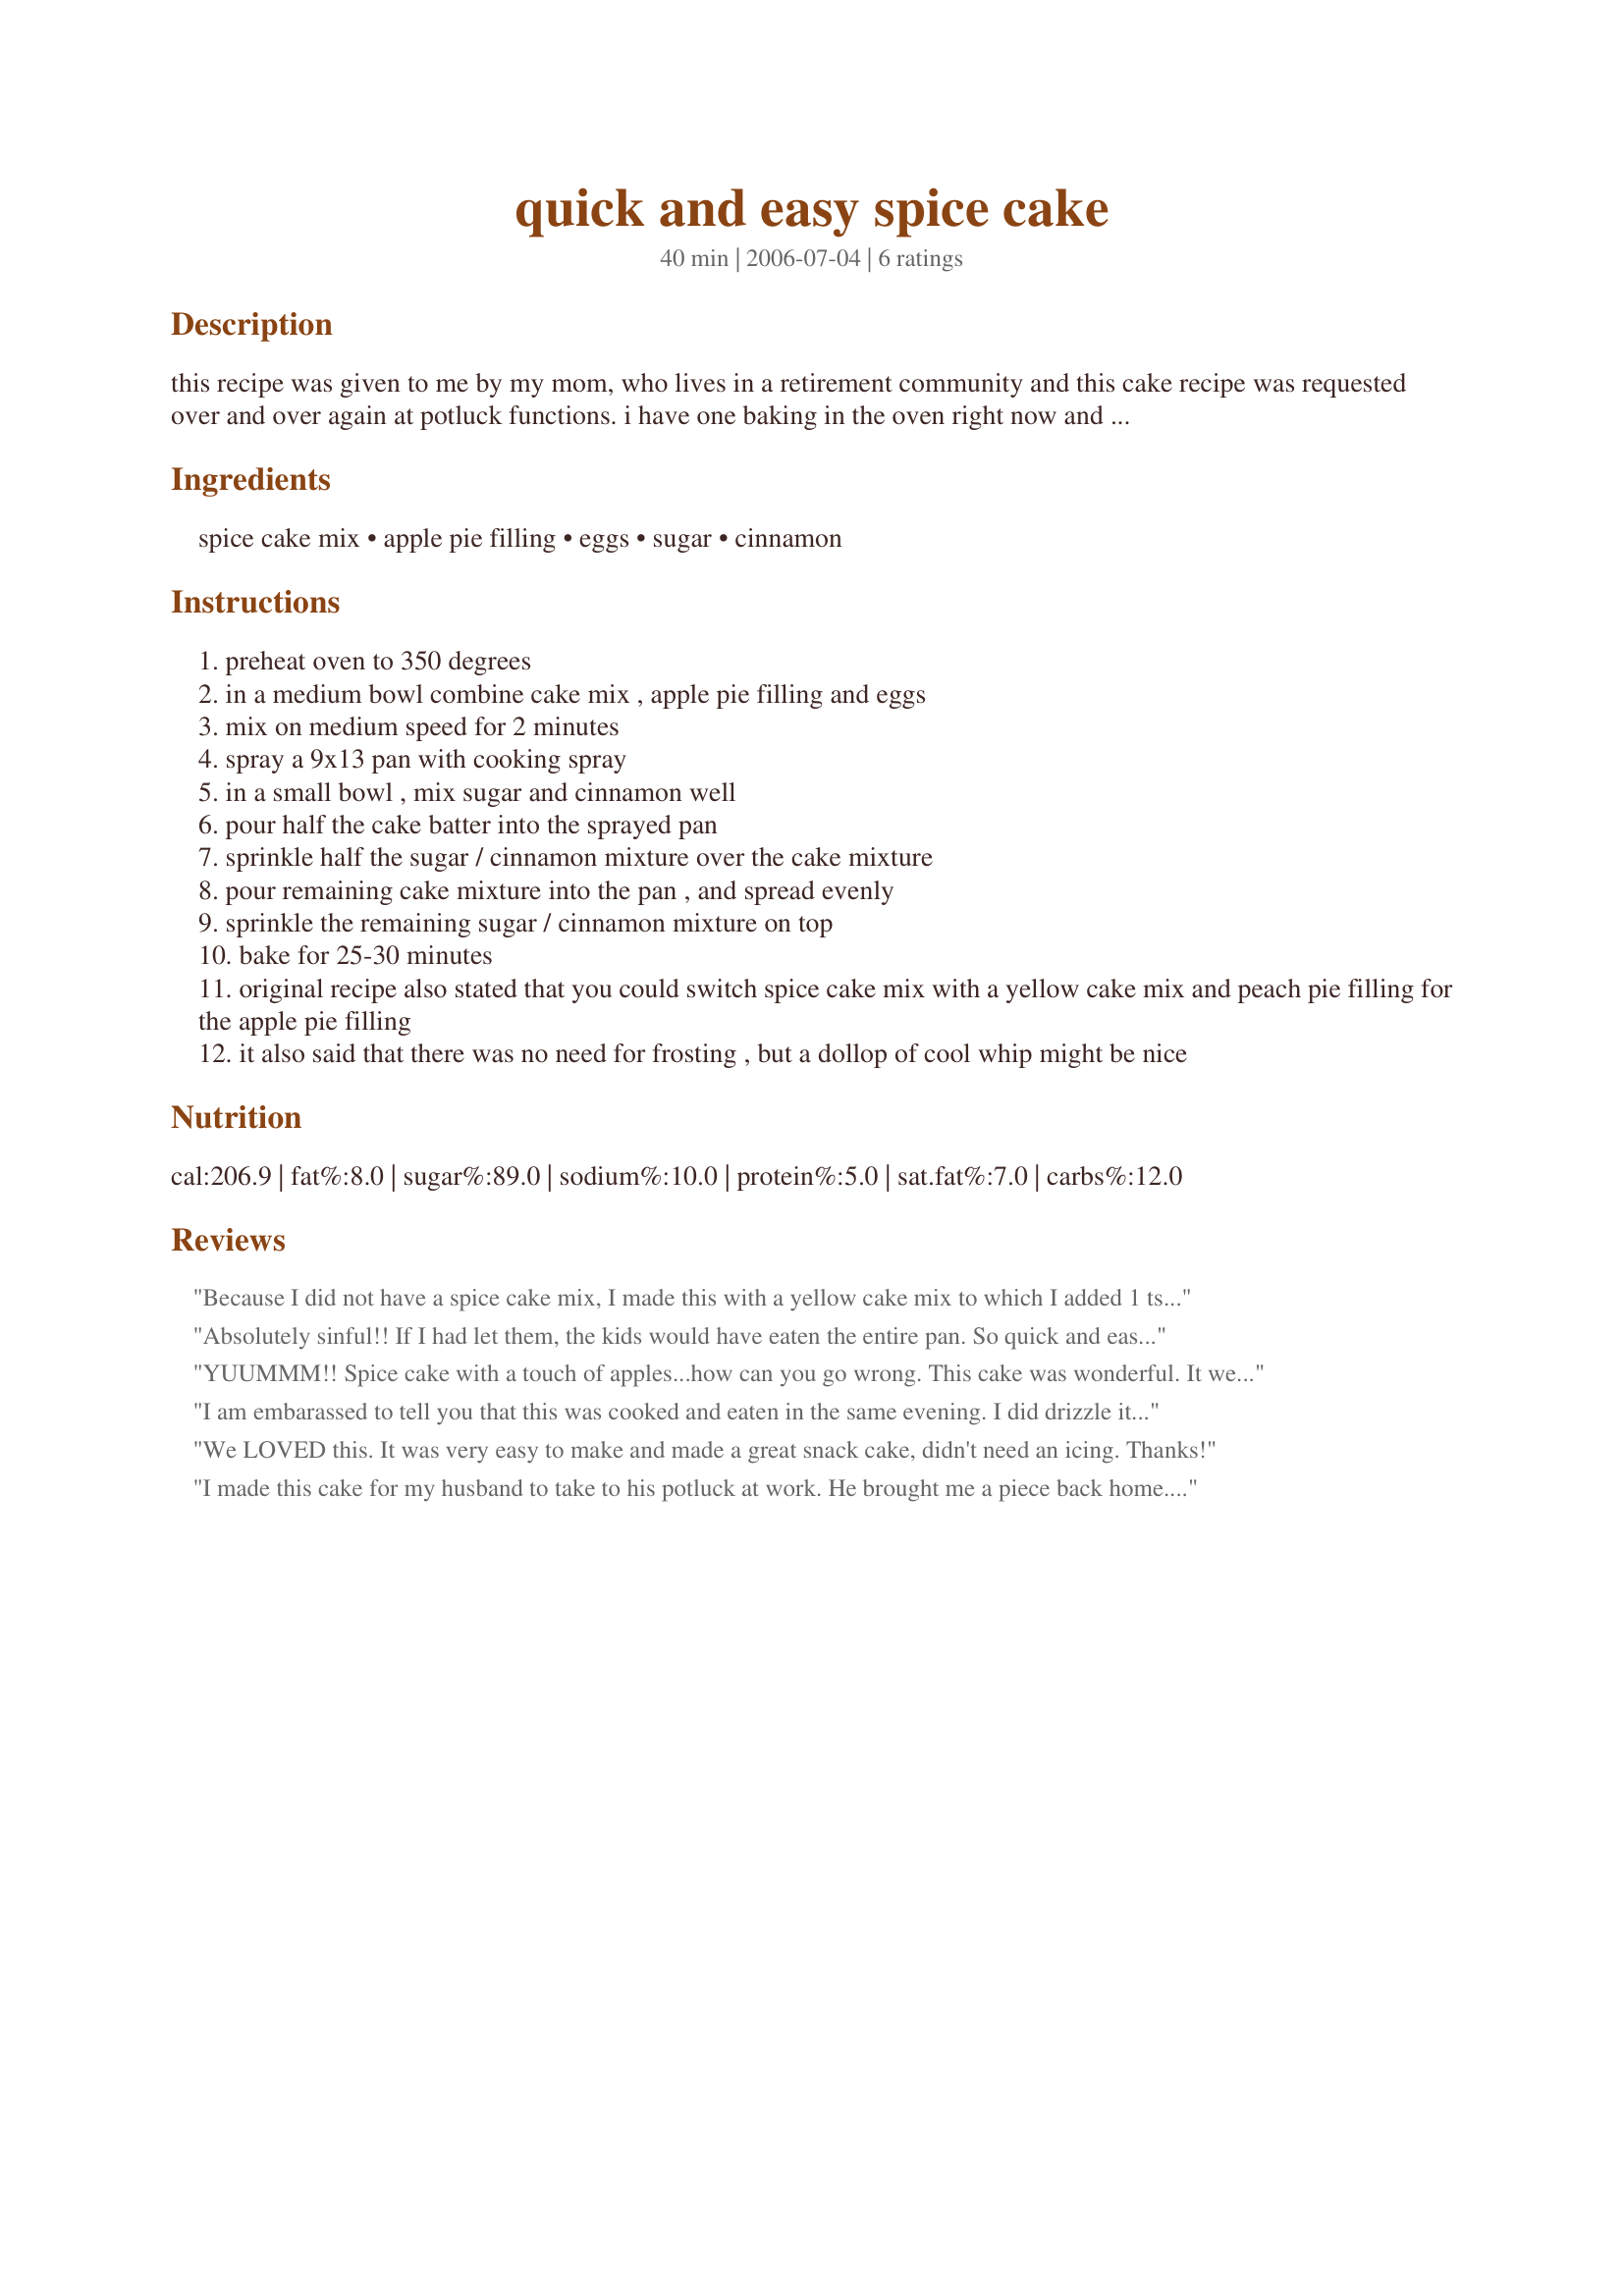
quick and easy spice cake
Preparation time: 40 minutes

this recipe was given to me by my mom, who lives in a retirement community and this cake recipe was requested over and over again at potluck functions. i have one baking in the oven right now and it smells heavenly. please see bottom for variations.

Ingredients:
spice cake mix, apple pie filling, eggs, sugar, cinnamon

Steps:
preheat oven to 350 degrees
in a medium bowl combine cake mix , apple pie filling and eggs
mix on medium speed for 2 minutes
spray a 9x13 pan with cooking spray
in a small bowl , mix sugar and cinnamon well
pour half the cake batter into the sprayed pan
sprinkle half the sugar / cinnamon mixture over the cake mixture
pour remaining cake mixture into the pan , and spread evenly
sprinkle the remaining sugar / cinnamon mixture on top
bake for 25-30 minutes
original recipe also stated that you could switch spice cake mix with a yellow cake mix and peach pie filling for the apple pie filling
it also said that there was no need for frosting , but a dollop of cool whip might be nice

Reviews:
Because I did not have a spice cake mix, I made this with a yellow cake mix to which I added 1 tsp. cinnamon plus 1/2 tsp. each cloves and nutmeg. Otherwise I followed the recipe. It is very good, and the whole family enjoyed it.
Absolutely sinful!! If I had let them, the kids would have eaten the entire pan. So quick and easy to make, I'll be making this one on a regular basis.
YUUMMM!! Spice cake with a touch of apples...how can you go wrong. This cake was wonderful. It went together very quickly and easily, and baked up super moist and soft. The cinnamon/sugar was a very welcome added bonus. My family loves spice cake and they LOVED this. They gave it 2 huge thumbs up!! Thank you for sharing this fantastic recipe...it is definitely a keeper.
I am embarassed to tell you that this was cooked and eaten in the same evening. I did drizzle it with a powdered sugar glaze. Incredible.
We LOVED this. It was very easy to make and made a great snack cake, didn't need an icing. Thanks!
I made this cake for my husband to take to his potluck at work. He brought me a piece back home. He thought it deserved 3 stars because it wasn't a yellow or chocolate cake. I thought much higher of this little gem! It was so easy to put together and tasted so moist and yummy! I may have needed to bake longer, because the center was really gooey and caved in. That was my favorite part, but it didn't look pretty that way. I will make this again. It tastes too good not to try it again.
